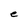
Character: e